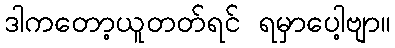
ဒါကတော့ယူတတ်ရင် ရမှာပေါ့ဗျာ။